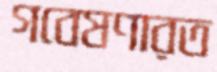
গবেষণারত